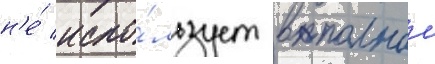
н'е́ испо́льзует в полнои